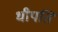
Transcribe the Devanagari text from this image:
धीपति